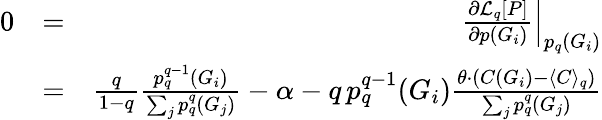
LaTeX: \begin{array}{rlr}{0}&{=}&{\left.\frac{\partial\mathcal{L}_{q}[P]}{\partial p(G_{i})}\right|_{p_{q}(G_{i})}}\\ &{=}&{\frac{q}{1-q}\frac{p_{q}^{q-1}(G_{i})}{\sum_{j}p_{q}^{q}(G_{j})}-\alpha-q\, p_{q}^{q-1}(G_{i})\frac{\theta\cdot(C(G_{i})-\langle C\rangle_{q})}{\sum_{j}p_{q}^{q}(G_{j})}}\end{array}